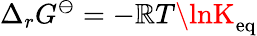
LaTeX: \Delta_{r}G^{\ominus}=-\mathbb{R}T\lnK_{\mathrm{{eq}}}